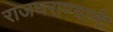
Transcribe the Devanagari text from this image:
राजघराण्यानी